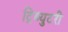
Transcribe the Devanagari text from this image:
ट्रिब्युटरी